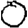
Digit: 0